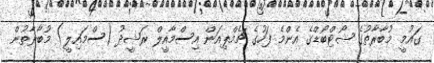
ގައުމީ މުބާރާތުގެ ޝޯޓްބޯޑްގެ އެންމެ ފަހުގެ ޗެމްޕިއަން އިސްމާއީލް ރަޝީދު (ސްމައިލީ) މުބާރާތުން